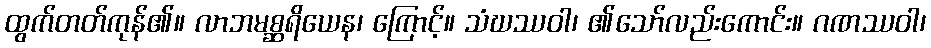
ထွက်တတ်ကုန်၏။ လာဘမစ္ဆရိယေန၊ ကြောင့်။ သံဃဿဝါ၊ ၏သော်လည်းကောင်း။ ဂဏဿဝါ၊